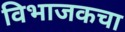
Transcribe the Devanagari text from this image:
विभाजकचा